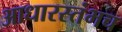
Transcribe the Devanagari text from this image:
आधारस्तंभच